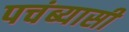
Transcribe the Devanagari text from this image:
पचंब्यासी